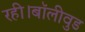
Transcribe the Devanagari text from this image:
रही।बॉलीवुड